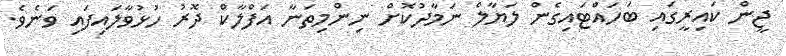
ޖީން ކައިރީގައި ބަހައްޓައިގެން ލަޔާލް ނަމާދުކޮށް ނިންމިތަނާ އަފްލާކް ދޮރު ހުޅުވާލައިފައި ވަނެވެ.